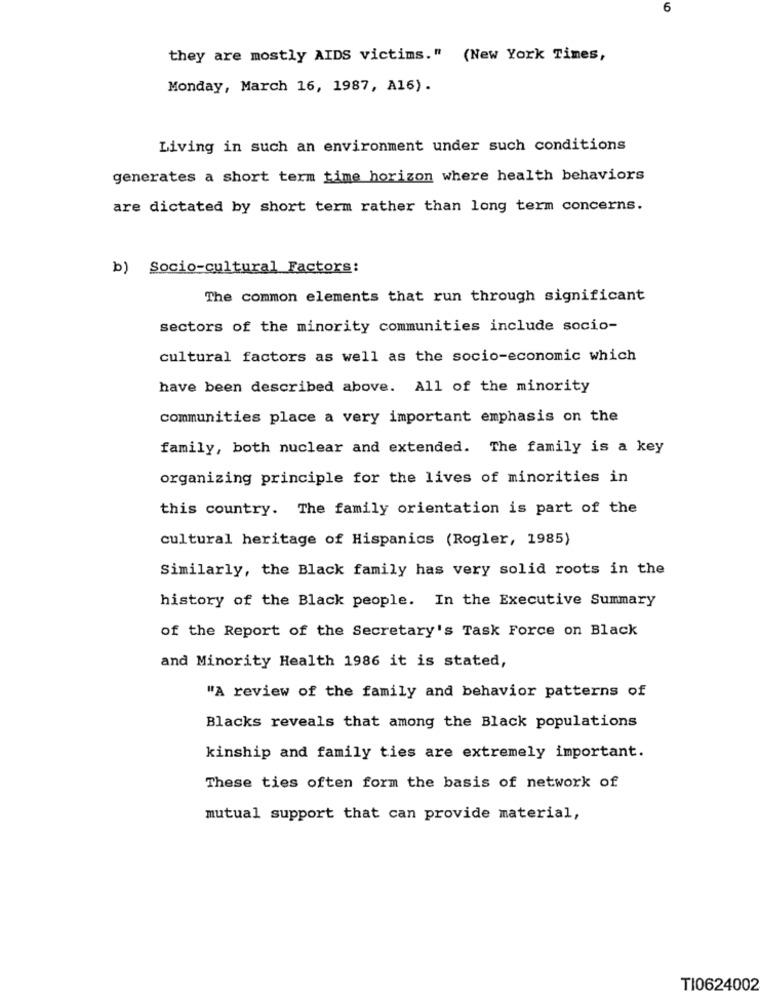
6
they are mostly AIDS victims." (New York Times,
Monday, March 16, 1987, A16).
Living in such an environment under such conditions
generates a short term time horizon where health behaviors
are dictated by short term rather than long term concerns.
b) Socio-cultural Factors:
The common elements that run through significant
sectors of the minority communities include socio-
cultural factors as well as the socio-economic which
have been described above. All of the minority
communities place a very important emphasis on the
family, both nuclear and extended. The family is a key
organizing principle for the lives of minorities in
this country. The family orientation is part of the
cultural heritage of Hispanics (Rogler, 1985)
Similarly, the Black family has very solid roots in the
history of the Black people. In the Executive Summary
of the Report of the Secretary's Task Force on Black
and Minority Health 1986 it is stated,
"A review of the family and behavior patterns of
Blacks reveals that among the Black populations
kinship and family ties are extremely important.
These ties often form the basis of network of
mutual support that can provide material,
TI0624002